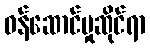
ဝန်ဆောင်မှုဆိုင်ရာ